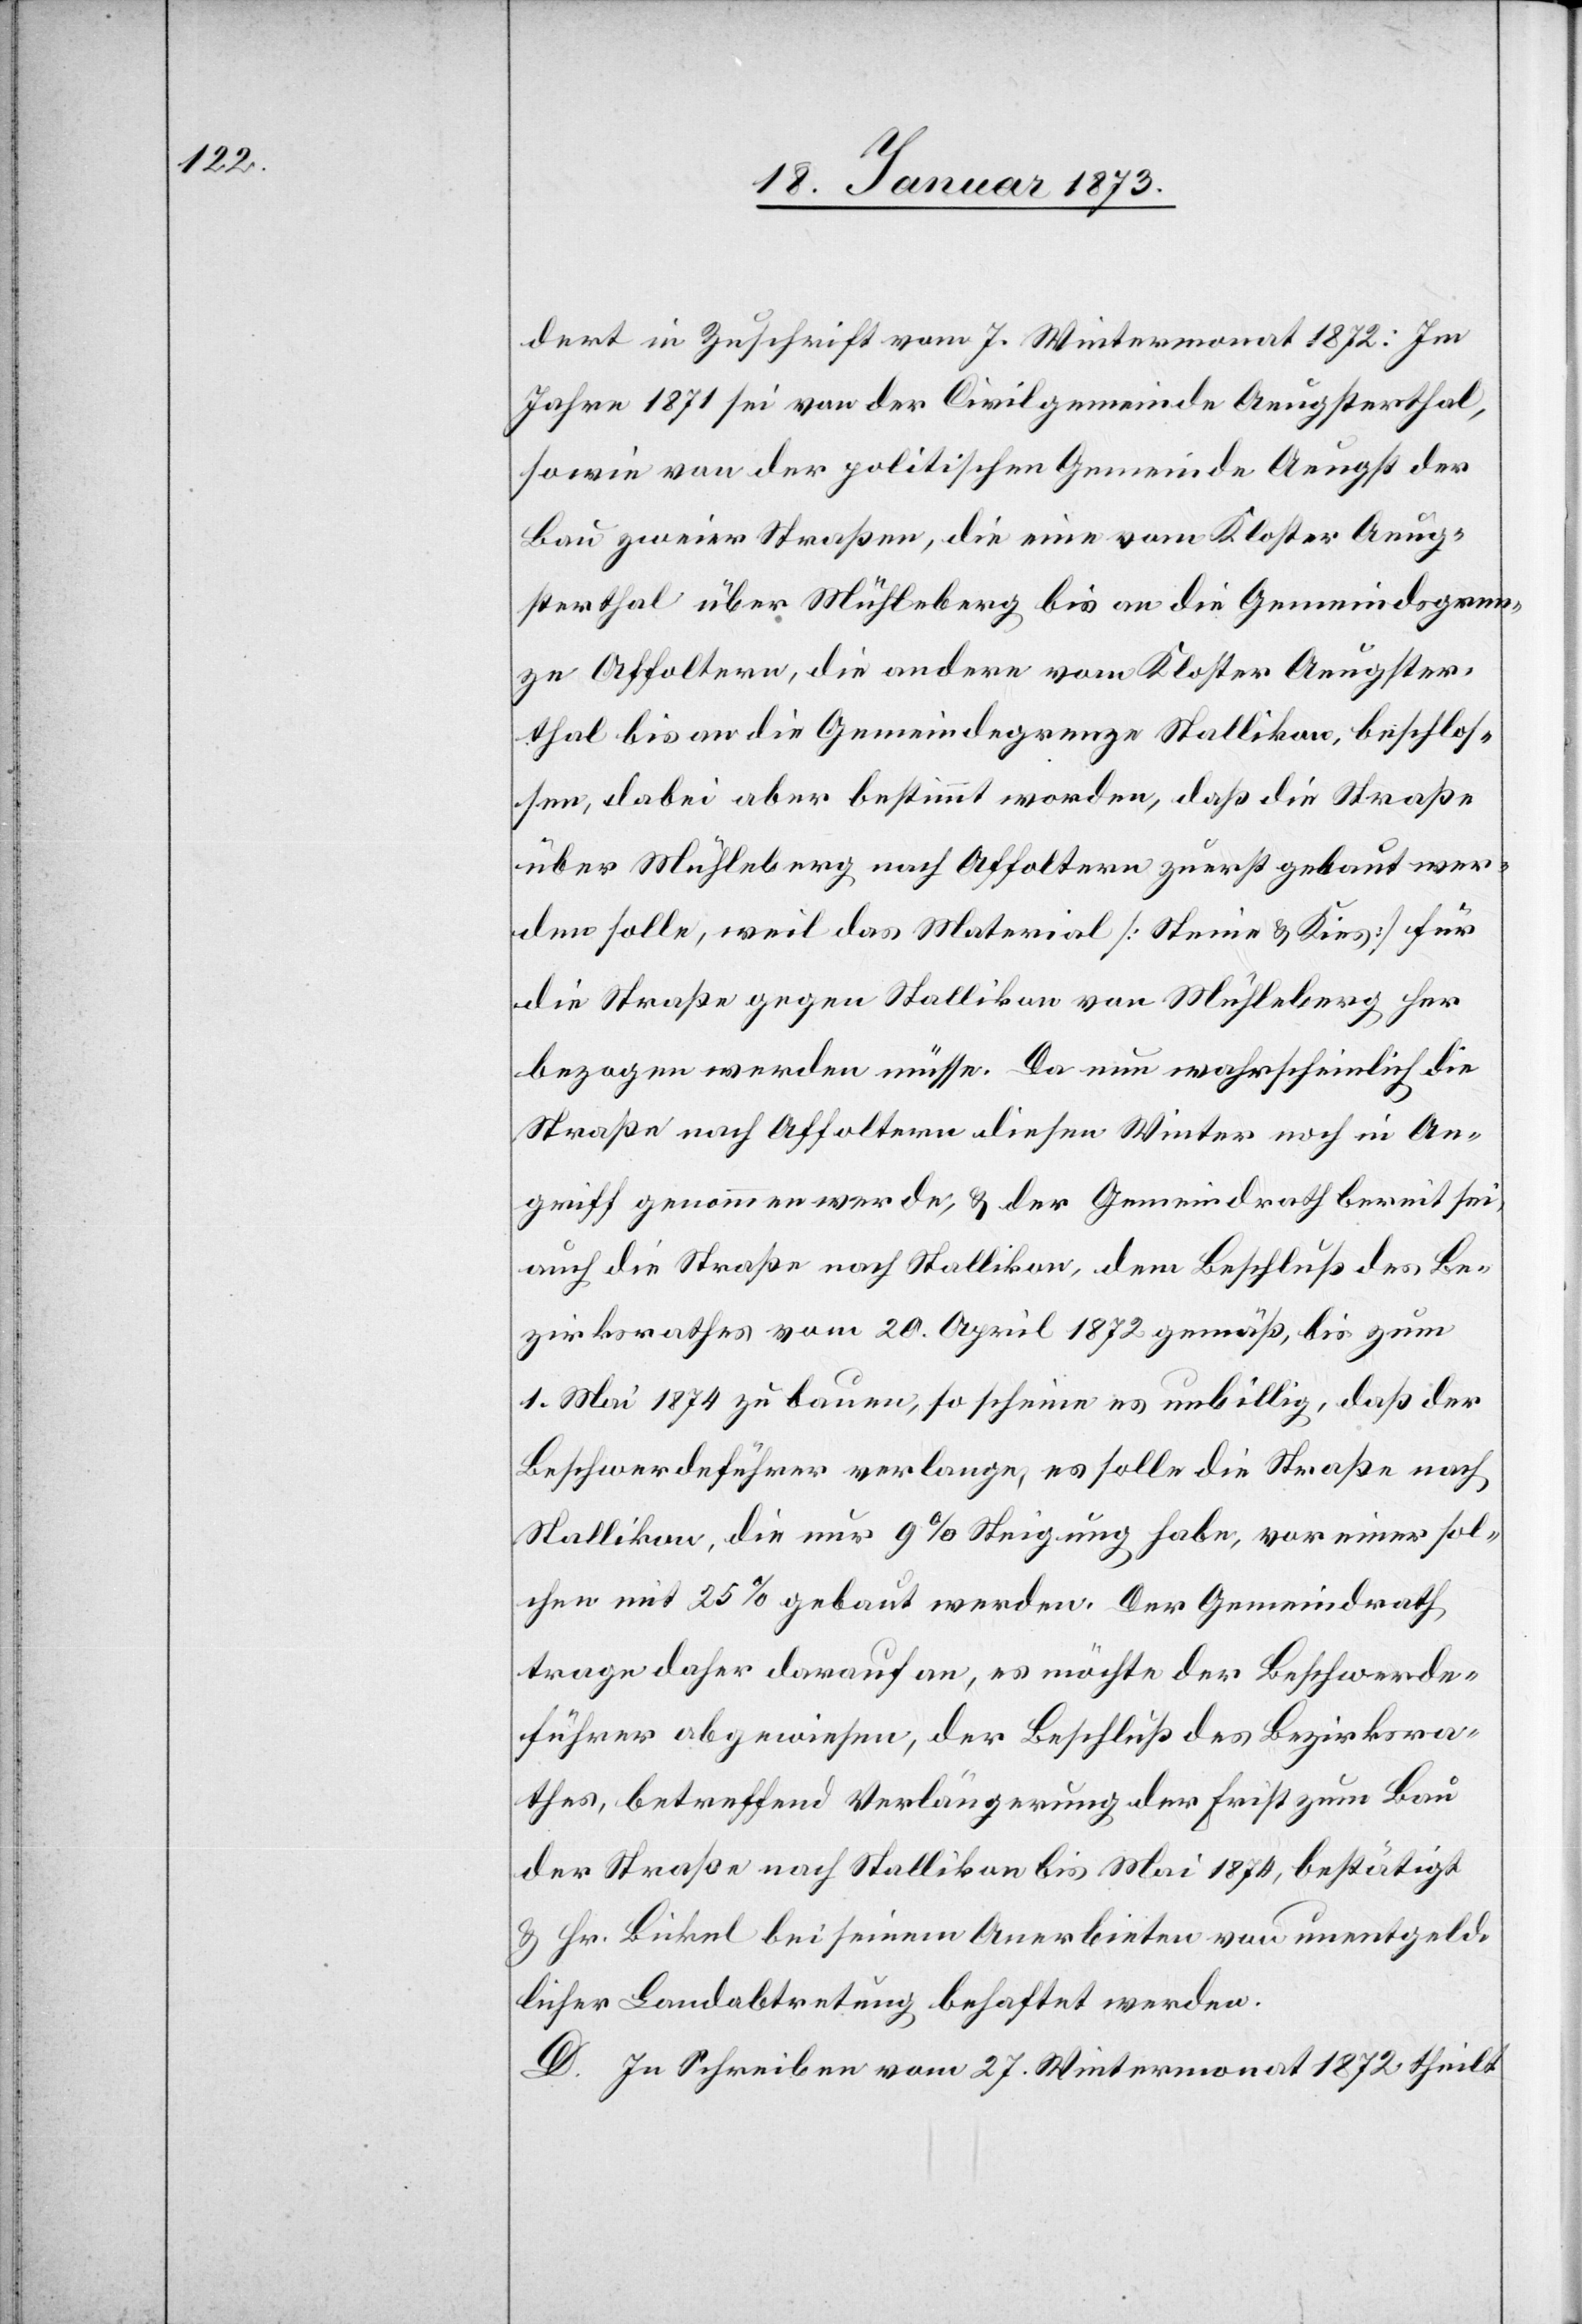
dert in Zuschrift vom 7. Wintermonat 1872: Im
Jahre 1871 sei von der Civilgemeinde Aeugsterthal,
sowie von der politischen Gemeinde Aeugst der
Bau zweier Straßen, die eine vom Kloster Aeug¬
sterthal über Mühleberg bis an die Gemeindsgren¬
ze Affoltern, die andere vom Kloster Aeugster¬
thal bis an die Gemeindegrenze Stallikon, beschlos¬
sen, dabei aber bestimmt worden, daß die Straße
über Mühleberg nach Affoltern zuerst gebaut wer¬
den solle, weil das Material [Steine u. Kies] für
die Straße gegen Stallikon von Mühleberg her
bezogen werden müsse. Da nun wahrscheinlich die
Straße nach Affoltern diesen Winter noch in An¬
griff genommen werde, u. der Gemeindrath bereit sei,
auch die Straße nach Stallikon, dem Beschluß des Be¬
zirksrathes vom 20. April 1872 gemäß, bis zum
1. Mai 1874 zu bauen, so scheine es unbillig, daß der
Beschwerdeführer verlange, es solle die Straße nach
Stallikon, die nur 9% Steigung habe, vor einer sol¬
chen mit 25% gebaut werden. Der Gemeindrath
trage daher darauf an, es möchte der Beschwerde¬
führer abgewiesen, der Beschluß des Bezirksra¬
thes, betreffend Verlängerung der Frist zum Bau
der Straße nach Stallikon bis Mai 1874, bestätigt
u. Hr. Bickel bei seinem Anerbieten von unentgeld¬
licher Landabtretung behaftet werden.
D. In Schreiben vom 27. Wintermonat 1872 theilt